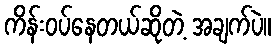
ကိန်းဝပ်နေတယ်ဆိုတဲ့ အချက်ပဲ။